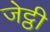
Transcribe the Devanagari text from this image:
जेट्ठी